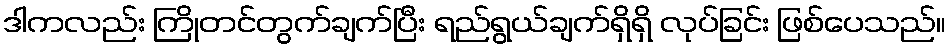
ဒါကလည်း ကြိုတင်တွက်ချက်ပြီး ရည်ရွယ်ချက်ရှိရှိ လုပ်ခြင်း ဖြစ်ပေသည်။